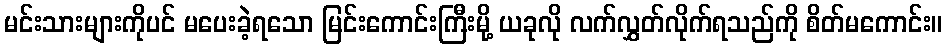
မင်းသားများကိုပင် မပေးခဲ့ရသော မြင်းကောင်းကြီးမို့ ယခုလို လက်လွှတ်လိုက်ရသည်ကို စိတ်မကောင်း။